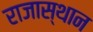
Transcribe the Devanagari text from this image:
राजास्थान